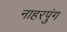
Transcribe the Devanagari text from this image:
नाहरपुंग